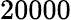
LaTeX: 20000